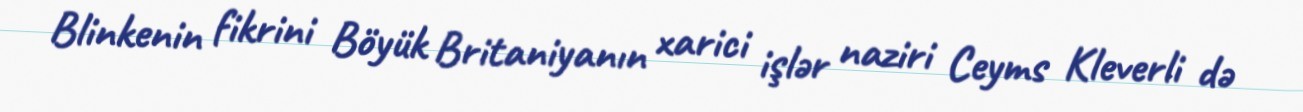
Blinkenin fikrini Böyük Britaniyanın xarici işlər naziri Ceyms Kleverli də